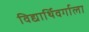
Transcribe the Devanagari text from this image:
विद्यार्थिवर्गाला